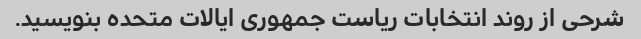
شرحی از روند انتخابات ریاست جمهوری ایالات متحده بنویسید.